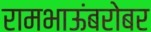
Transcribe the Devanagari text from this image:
रामभाऊंबरोबर